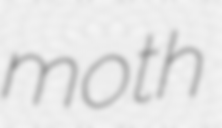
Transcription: moth